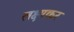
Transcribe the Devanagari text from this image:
लक्ष्यकर